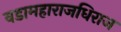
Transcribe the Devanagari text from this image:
वडामहाराजधिराज